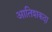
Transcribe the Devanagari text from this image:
आतिशकदा